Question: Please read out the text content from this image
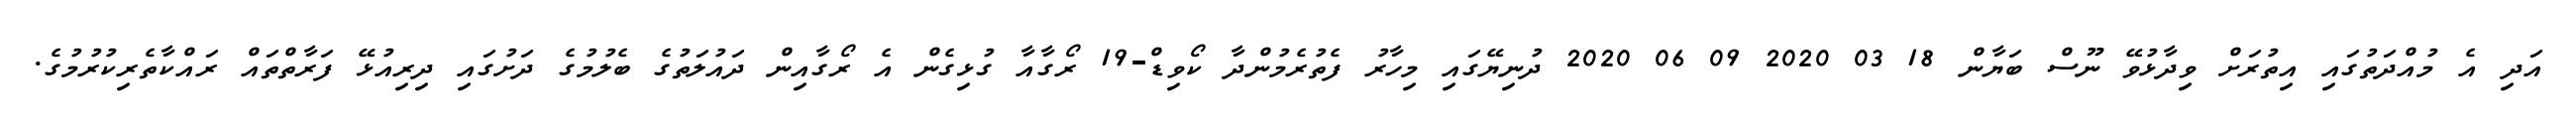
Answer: އަދި އެ މުއްދަތުގައި އިތުރަށް ވިދާޅުވޭ ނޫސް ބަޔާން 18 03 2020 09 06 2020 ދުނިޔޭގައި މިހާރު ފެތުރެމުންދާ ކޯވިޑް-19 ރޯގާއާ ގުޅިގެން އެ ރޯގާއިން ދައުލަތުގެ ބެލުމުގެ ދަށުގައި ދިރިއުޅޭ ފަރާތްތައް ރައްކާތެރިކުރުމުގެ.